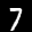
Digit: 7